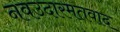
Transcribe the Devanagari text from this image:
नवउदारमतवाद